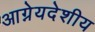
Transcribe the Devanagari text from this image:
आग्नेयदेशीय